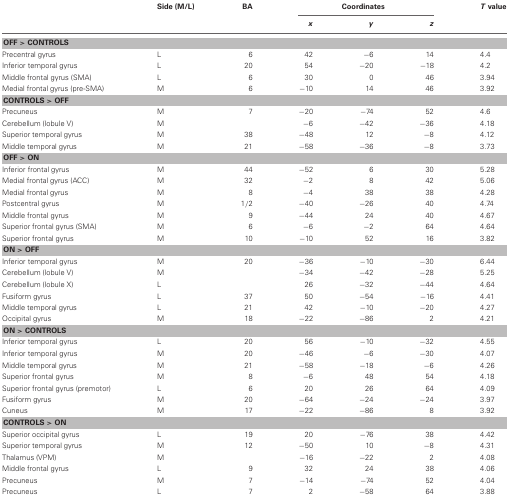
<table><thead><tr><td></td><td><b>Side (M/L)</b></td><td><b>BA</b></td><td colspan="3"><b>Coordinates</b></td><td><b><i>T</i> value</b></td></tr><tr><td></td><td></td><td></td><td><b><i>x</i></b></td><td><b><i>y</i></b></td><td><b><i>z</i></b></td><td></td></tr></thead><tbody><tr><td colspan="7"><b>OFF &gt; CONTROLS</b></td></tr><tr><td>Precentral gyrus</td><td>L</td><td>6</td><td>42</td><td>−6</td><td>14</td><td>4.4</td></tr><tr><td>Inferior temporal gyrus</td><td>L</td><td>20</td><td>54</td><td>−20</td><td>−18</td><td>4.2</td></tr><tr><td>Middle frontal gyrus (SMA)</td><td>L</td><td>6</td><td>30</td><td>0</td><td>46</td><td>3.94</td></tr><tr><td>Medial frontal gyrus (pre-SMA)</td><td>M</td><td>6</td><td>−10</td><td>14</td><td>46</td><td>3.92</td></tr><tr><td colspan="7"><b>CONTROLS &gt; OFF</b></td></tr><tr><td>Precuneus</td><td>M</td><td>7</td><td>−20</td><td>−74</td><td>52</td><td>4.6</td></tr><tr><td>Cerebellum (lobule V)</td><td>M</td><td></td><td>−6</td><td>−42</td><td>−36</td><td>4.18</td></tr><tr><td>Superior temporal gyrus</td><td>M</td><td>38</td><td>−48</td><td>12</td><td>−8</td><td>4.12</td></tr><tr><td>Middle temporal gyrus</td><td>M</td><td>21</td><td>−58</td><td>−36</td><td>−8</td><td>3.73</td></tr><tr><td colspan="7"><b>OFF &gt; ON</b></td></tr><tr><td>Inferior frontal gyrus</td><td>M</td><td>44</td><td>−52</td><td>6</td><td>30</td><td>5.28</td></tr><tr><td>Medial frontal gyrus (ACC)</td><td>M</td><td>32</td><td>−2</td><td>8</td><td>42</td><td>5.06</td></tr><tr><td>Medial frontal gyrus</td><td>M</td><td>8</td><td>−4</td><td>38</td><td>38</td><td>4.28</td></tr><tr><td>Postcentral gyrus</td><td>M</td><td>1/2</td><td>−40</td><td>−26</td><td>40</td><td>4.74</td></tr><tr><td>Middle frontal gyrus</td><td>M</td><td>9</td><td>−44</td><td>24</td><td>40</td><td>4.67</td></tr><tr><td>Superior frontal gyrus (SMA)</td><td>M</td><td>6</td><td>−6</td><td>−2</td><td>64</td><td>4.64</td></tr><tr><td>Superior frontal gyrus</td><td>M</td><td>10</td><td>−10</td><td>52</td><td>16</td><td>3.82</td></tr><tr><td colspan="7"><b>ON &gt; OFF</b></td></tr><tr><td>Inferior temporal gyrus</td><td>M</td><td>20</td><td>−36</td><td>−10</td><td>−30</td><td>6.44</td></tr><tr><td>Cerebellum (lobule V)</td><td>M</td><td></td><td>−34</td><td>−42</td><td>−28</td><td>5.25</td></tr><tr><td>Cerebellum (lobule X)</td><td>L</td><td></td><td>26</td><td>−32</td><td>−44</td><td>4.64</td></tr><tr><td>Fusiform gyrus</td><td>L</td><td>37</td><td>50</td><td>−54</td><td>−16</td><td>4.41</td></tr><tr><td>Middle temporal gyrus</td><td>L</td><td>21</td><td>42</td><td>−10</td><td>−20</td><td>4.27</td></tr><tr><td>Occipital gyrus</td><td>M</td><td>18</td><td>−22</td><td>−86</td><td>2</td><td>4.21</td></tr><tr><td colspan="7"><b>ON &gt; CONTROLS</b></td></tr><tr><td>Inferior temporal gyrus</td><td>L</td><td>20</td><td>56</td><td>−10</td><td>−32</td><td>4.55</td></tr><tr><td>Inferior temporal gyrus</td><td>M</td><td>20</td><td>−46</td><td>−6</td><td>−30</td><td>4.07</td></tr><tr><td>Middle temporal gyrus</td><td>M</td><td>21</td><td>−58</td><td>−18</td><td>−6</td><td>4.26</td></tr><tr><td>Superior frontal gyrus</td><td>M</td><td>8</td><td>−6</td><td>48</td><td>54</td><td>4.18</td></tr><tr><td>Superior frontal gyrus (premotor)</td><td>L</td><td>6</td><td>20</td><td>26</td><td>64</td><td>4.09</td></tr><tr><td>Fusiform gyrus</td><td>M</td><td>20</td><td>−64</td><td>−24</td><td>−24</td><td>3.97</td></tr><tr><td>Cuneus</td><td>M</td><td>17</td><td>−22</td><td>−86</td><td>8</td><td>3.92</td></tr><tr><td colspan="7"><b>CONTROLS &gt; ON</b></td></tr><tr><td>Superior occipital gyrus</td><td>L</td><td>19</td><td>20</td><td>−76</td><td>38</td><td>4.42</td></tr><tr><td>Superior temporal gyrus</td><td>M</td><td>12</td><td>−50</td><td>10</td><td>−8</td><td>4.31</td></tr><tr><td>Thalamus (VPM)</td><td>M</td><td></td><td>−16</td><td>−22</td><td>2</td><td>4.08</td></tr><tr><td>Middle frontal gyrus</td><td>L</td><td>9</td><td>32</td><td>24</td><td>38</td><td>4.06</td></tr><tr><td>Precuneus</td><td>M</td><td>7</td><td>−14</td><td>−74</td><td>52</td><td>4.04</td></tr><tr><td>Precuneus</td><td>L</td><td>7</td><td>2</td><td>−58</td><td>64</td><td>3.88</td></tr></tbody></table>